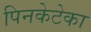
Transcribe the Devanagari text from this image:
पिनकेटेका